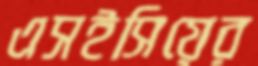
এসইসিয়ের